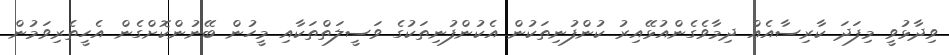
ވިދާޅުވީ މިފަދަ ކާރިސާއެއް ދިމާވެގެންއުޅޭއިރު ކުންފުނިތަކުން އެކުންފުނިތަކުގެ ވަސީލަތްތަކާއި މީހުން ބޭނުންކޮށްގެން އެހީތެރިވަމުން